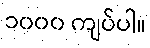
၁၀၀၀ ကျပ်ပါ။